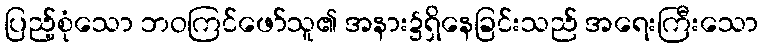
ပြည့်စုံသော ဘဝကြင်ဖော်သူ၏ အနား၌ရှိနေခြင်းသည် အရေးကြီးသော